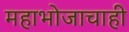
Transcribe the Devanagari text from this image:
महाभोजाचाही